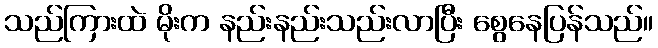
သည်ကြားထဲ မိုးက နည်းနည်းသည်းလာပြီး စွေနေပြန်သည်။